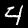
Digit: 4